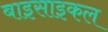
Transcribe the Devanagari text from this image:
बाइसाइकल